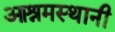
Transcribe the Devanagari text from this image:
आश्रमस्थानी